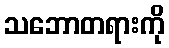
သဘောတရားကို